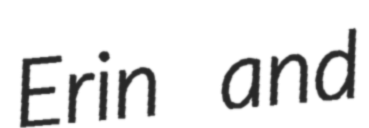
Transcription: Erin and